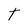
Character: T